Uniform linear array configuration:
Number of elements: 8
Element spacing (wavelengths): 0.25
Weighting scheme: cosine
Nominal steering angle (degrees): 30
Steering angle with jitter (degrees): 31.339
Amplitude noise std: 0.05
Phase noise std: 0.05

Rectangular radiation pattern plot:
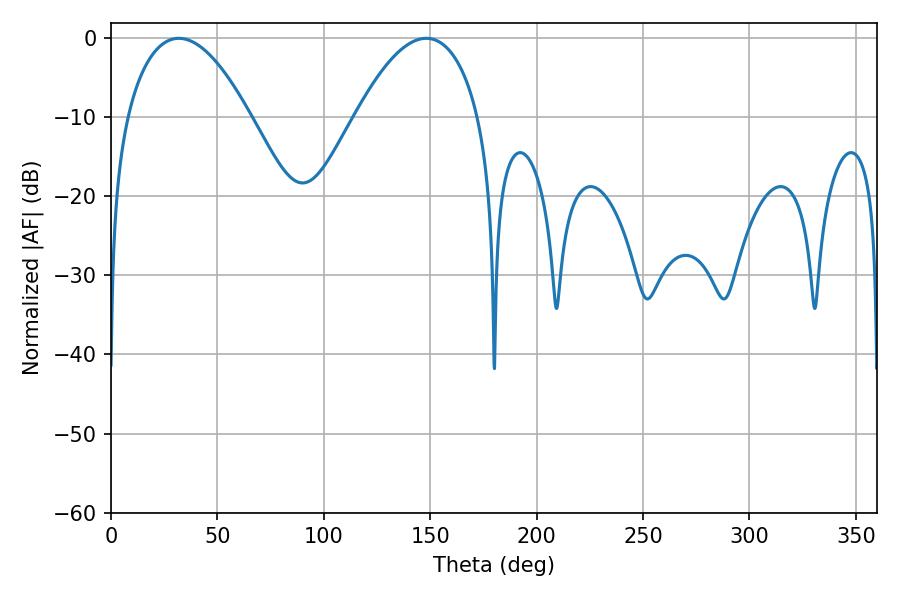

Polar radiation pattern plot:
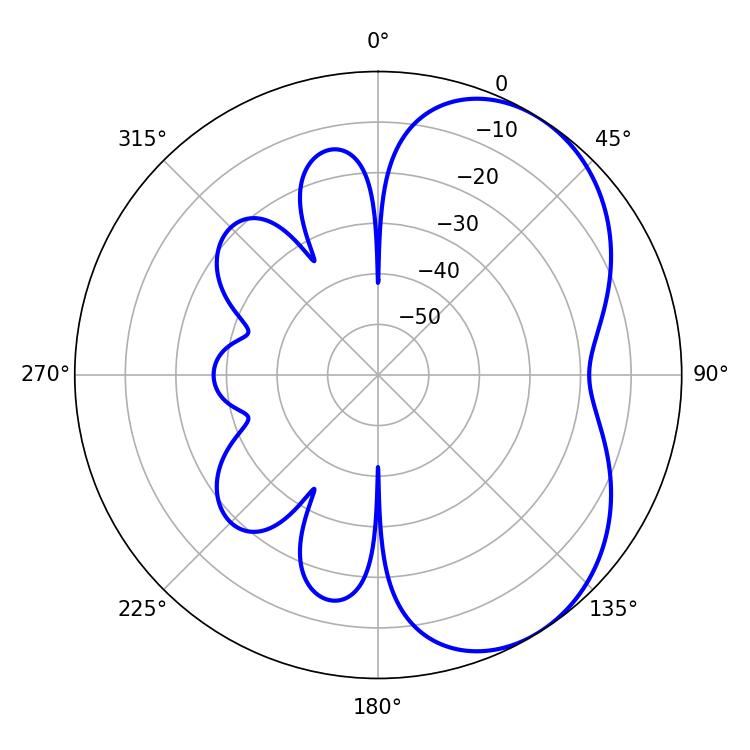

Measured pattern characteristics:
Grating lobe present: FALSE
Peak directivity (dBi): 4.803
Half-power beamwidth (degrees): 32.22
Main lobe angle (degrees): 31.86